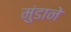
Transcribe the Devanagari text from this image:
मुंडाने